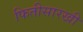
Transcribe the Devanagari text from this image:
फितीसारखी